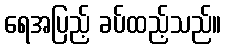
ရေအပြည့် ခပ်ထည့်သည်။